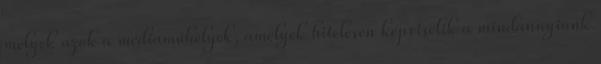
melyek azok a médiaműhelyek, amelyek hitelesen képviselik a mindannyiunk